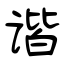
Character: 谐